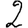
Digit: 2